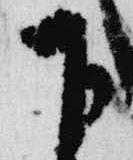
下